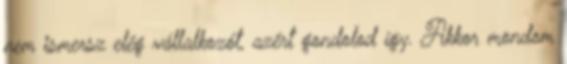
nem ismersz elég vállalkozót, azért gondolod így. Akkor mondom